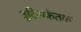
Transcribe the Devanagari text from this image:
त्रुटिसंकेतक